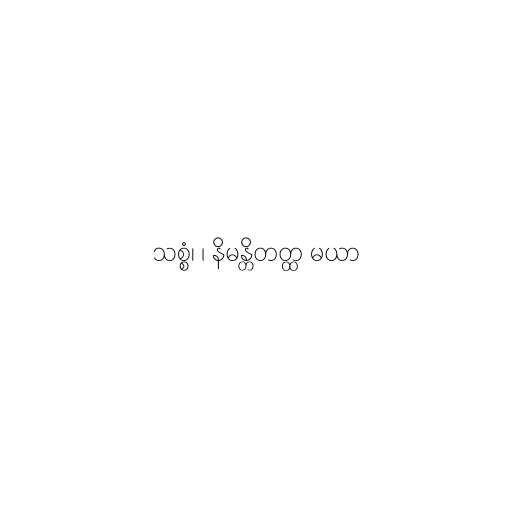
သစ္စံ၊ ၊ နိမန္တိတတ္ထ မယာ